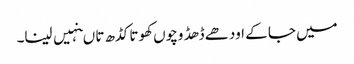
میں جا کے اودھے ڈھڈ وچوں کھوتا کڈھ تا ںنہیں لینا۔